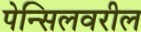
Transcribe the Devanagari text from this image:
पेन्सिलवरील